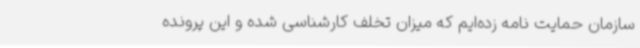
سازمان حمایت نامه زده‌ایم که میزان تخلف کارشناسی شده و این پرونده